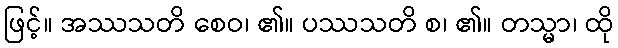
ဖြင့်။ အဿသတိ စေဝ၊ ၏။ ပဿသတိ စ၊ ၏။ တသ္မာ၊ ထို